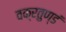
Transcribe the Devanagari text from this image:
वक्रतुण्डं